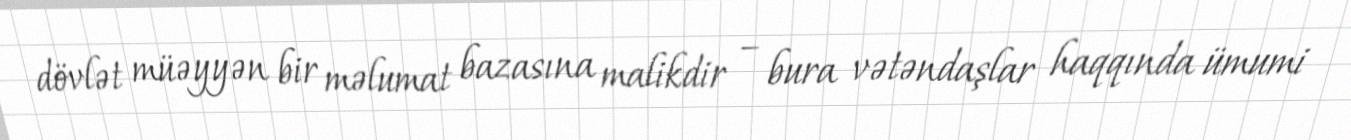
dövlət müəyyən bir məlumat bazasına malikdir – bura vətəndaşlar haqqında ümumi